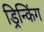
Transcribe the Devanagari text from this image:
ड्रिन्किंग